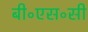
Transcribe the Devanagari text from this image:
बी॰एस॰सी